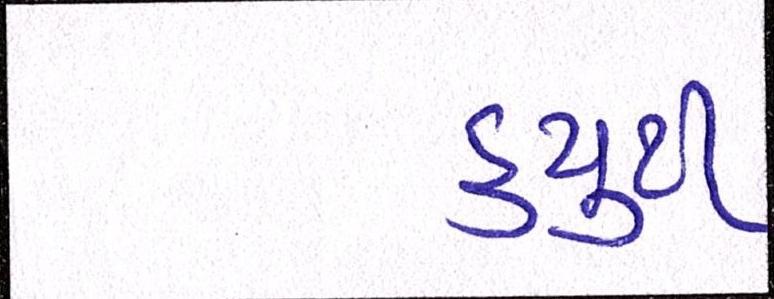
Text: ડ્યુટી